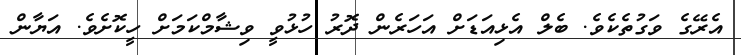
އެރޭގެ ވަގުތެކެވެ. ބެލް އެޅިއަޑަށް އަހަރެން ދޮރު ހުޅުވީ ވިޝާމްކަމަށް ހީކޮށެވެ. އަޔާން